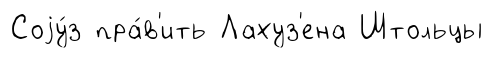
Соjу́з пра́в'ить Лахуз'ена Штольцы